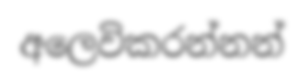
අලෙවිකරන්නන්